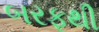
બરફથી